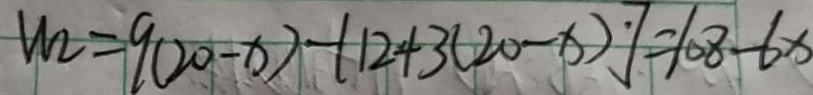
W _ { 2 } = 9 ( 2 0 - x ) - [ 1 2 + 3 ( 2 0 - x ) ^ { . } ] = 1 0 8 - 6 x